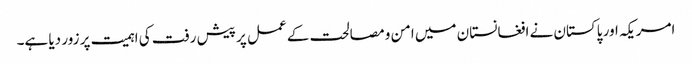
امریکہ اور پاکستان نے افغانستان میں امن و مصالحت کے عمل پر پیش رفت کی اہمیت پر زور دیا ہے۔